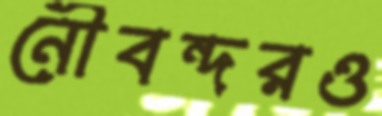
নৌবন্দরও